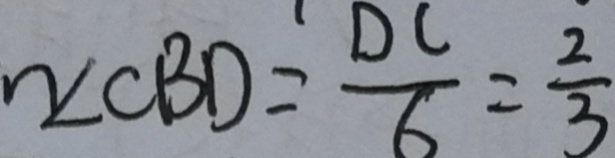
\angle C B D = \frac { D C } { 6 } = \frac { 2 } { 3 }